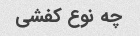
چه نوع کفشی